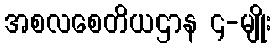
အစလစေတိယဌာန ၄-မျိုး